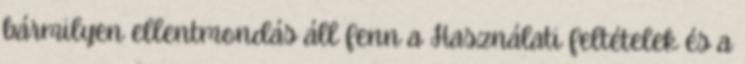
bármilyen ellentmondás áll fenn a Használati feltételek és a